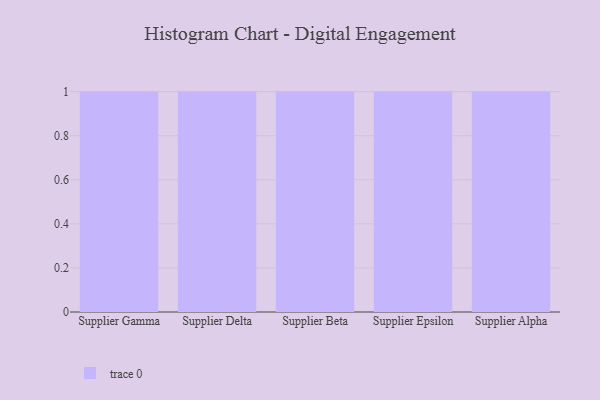
{"axis": {"x": "Supplier", "y": "Latency (ms)"}, "legend": [""], "data": [{"x": "Supplier Gamma", "y": 26, "type": ""}, {"x": "Supplier Delta", "y": 53, "type": ""}, {"x": "Supplier Beta", "y": 93, "type": ""}, {"x": "Supplier Epsilon", "y": 32, "type": ""}, {"x": "Supplier Alpha", "y": 20, "type": ""}]}